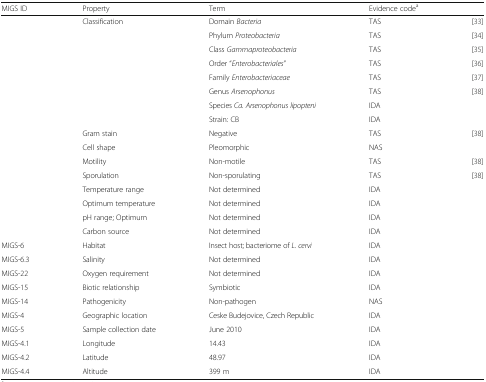
| MIGS ID | Property | Term | Evidence codea |  |
 | --- | --- | --- | --- | --- |
 |  | Classification | Domain Bacteria | TAS | [33] |
 |  |  | Phylum Proteobacteria | TAS | [34] |
 |  |  | Class Gammaproteobacteria | TAS | [35] |
 |  |  | Order “Enterobacteriales” | TAS | [36] |
 |  |  | Family Enterobacteriaceae | TAS | [37] |
 |  |  | Genus Arsenophonus | TAS | [38] |
 |  |  | Species Ca. Arsenophonus lipopteni | IDA |  |
 |  |  | Strain: CB | IDA |  |
 |  | Gram stain | Negative | TAS | [38] |
 |  | Cell shape | Pleomorphic | NAS |  |
 |  | Motility | Non-motile | TAS | [38] |
 |  | Sporulation | Non-sporulating | TAS | [38] |
 |  | Temperature range | Not determined | IDA |  |
 |  | Optimum temperature | Not determined | IDA |  |
 |  | pH range; Optimum | Not determined | IDA |  |
 |  | Carbon source | Not determined | IDA |  |
 | MIGS-6 | Habitat | Insect host; bacteriome of L. cervi | IDA |  |
 | MIGS-6.3 | Salinity | Not determined | IDA |  |
 | MIGS-22 | Oxygen requirement | Not determined | IDA |  |
 | MIGS-15 | Biotic relationship | Symbiotic | IDA |  |
 | MIGS-14 | Pathogenicity | Non-pathogen | NAS |  |
 | MIGS-4 | Geographic location | Ceske Budejovice, Czech Republic | IDA |  |
 | MIGS-5 | Sample collection date | June 2010 | IDA |  |
 | MIGS-4.1 | Longitude | 14.43 | IDA |  |
 | MIGS-4.2 | Latitude | 48.97 | IDA |  |
 | MIGS-4.4 | Altitude | 399 m | IDA |  |